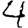
Digit: 4